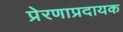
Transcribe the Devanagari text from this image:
प्रेरणाप्रदायक